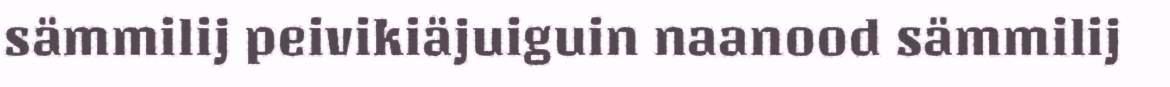
sämmilij peivikiäjuiguin naanood sämmilij